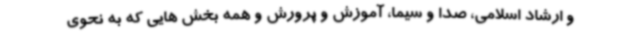
و ارشاد اسلامی، صدا و سیما، آموزش و پرورش و همه بخش هایی که به نحوی